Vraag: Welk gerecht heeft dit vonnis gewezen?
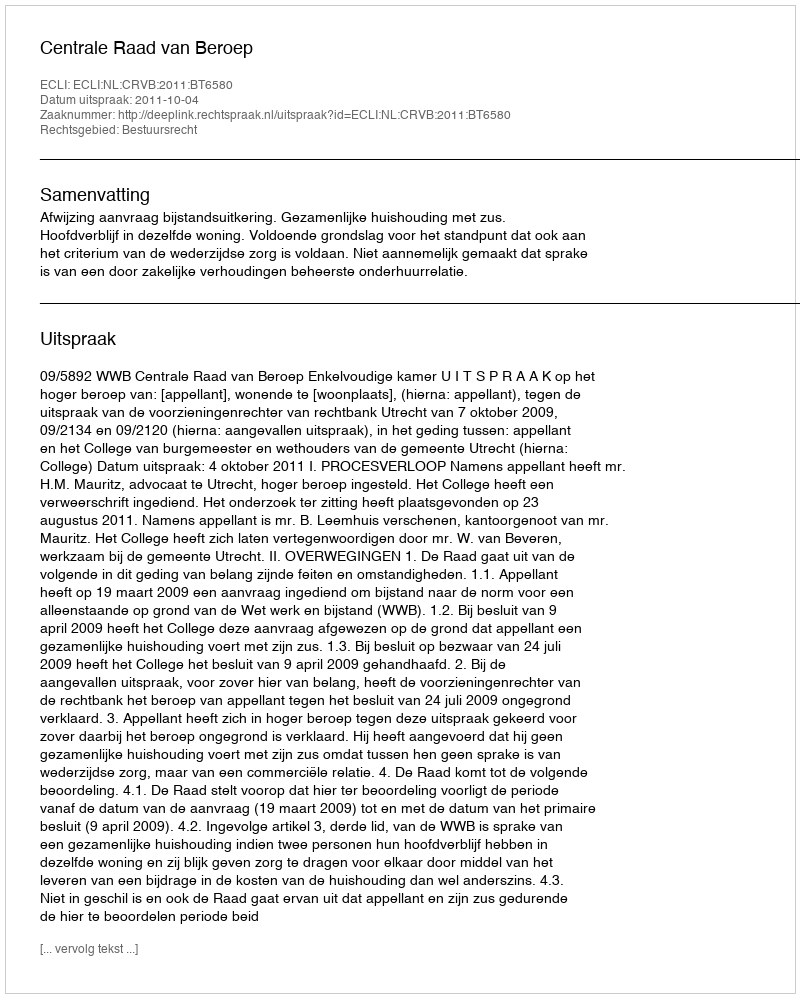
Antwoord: Centrale Raad van Beroep